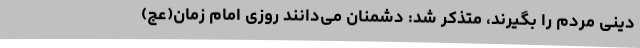
دینی مردم را بگیرند، متذکر شد: دشمنان می‌دانند روزی امام زمان(عج)